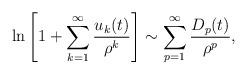
LaTeX: \begin{align*}\ln \left[1+\sum_{k=1}^{\infty}{u_{k}(t)\over \rho^{k}}\right] \sim \sum_{p=1}^{\infty}{D_{p}(t)\over \rho^{p}} ,\end{align*}